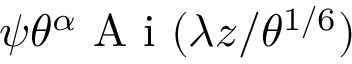
\psi \theta ^ { \alpha } \textrm { A i } ( \lambda z / \theta ^ { 1 / 6 } )